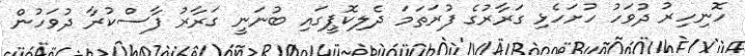
ހޮނިހިރު ދުވަހު ހުށަހެޅި ގަރާރުގެ ފުރަތަަމަ ދެލިކޮޕީގައި ބުނަނީ ގަރާރު ފާސްކުރާ ދުވަހުން